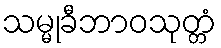
သမ္မုခီဘာဝသုတ္တံ